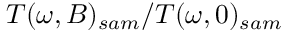
T ( \omega , B ) _ { s a m } / T ( \omega , 0 ) _ { s a m }